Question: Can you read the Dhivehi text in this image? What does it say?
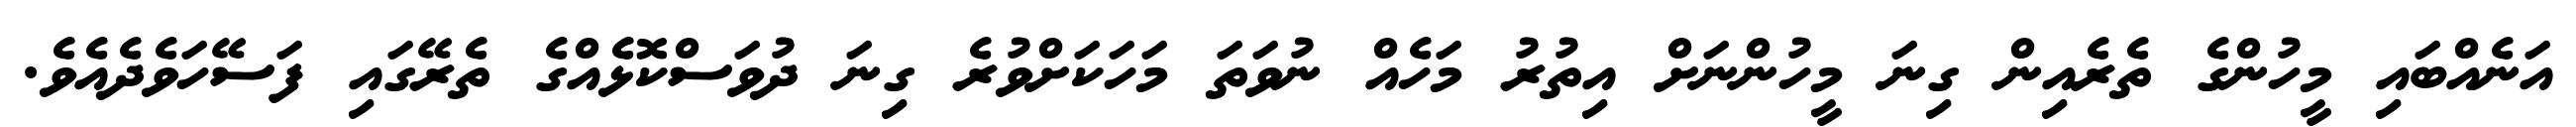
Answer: އަނެއްބައި މީހުންގެ ތެރެއިން ގިނަ މީހުންނަށް އިތުރު މަހެއް ނުވަތަ މަހަކަށްވުރެ ގިނަ ދުވަސްކޮޅެއްގެ ތެރޭގައި ފަސޭހަވެދެއެވެ.